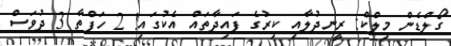
ގޯލްޑެން މިލްކް: ރީނދުލާއި ކިރުގެ ފައިދާތައް އެކުގައި! 2 ހަފްތާ 3 ދުވަސް